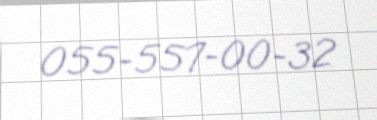
055-557-00-32